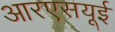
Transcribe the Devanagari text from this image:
आरएसयूई